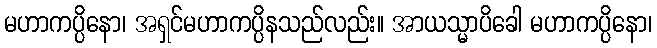
မဟာကပ္ပိနော၊ အရှင်မဟာကပ္ပိနသည်လည်း။ အာယသ္မာပိခေါ မဟာကပ္ပိနော၊